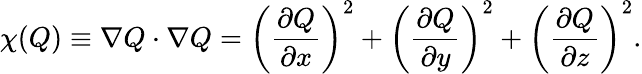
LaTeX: \chi(Q)\equiv\nabla Q\cdot\nabla Q=\left(\frac{\partial Q}{\partial x}\right)^{2}+\left(\frac{\partial Q}{\partial y}\right)^{2}+\left(\frac{\partial Q}{\partial z}\right)^{2}.